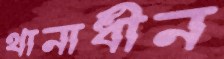
থানাধীন